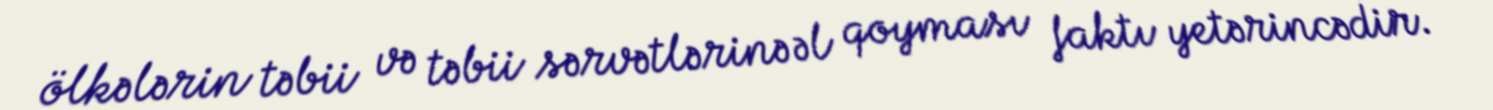
ölkələrin təbii və təbii sərvətlərinə əl qoyması faktı yetərincədir.